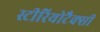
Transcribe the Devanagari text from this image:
स्टीरियोटैक्सी